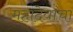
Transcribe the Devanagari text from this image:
महादेवांचा